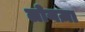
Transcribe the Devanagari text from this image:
लोयज़ा